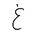
Letter: _gayn